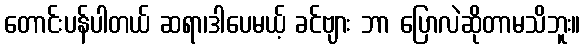
တောင်းပန်ပါတယ် ဆရာ၊ဒါပေမယ့် ခင်ဗျား ဘာ ပြောလဲဆိုတာမသိဘူး။